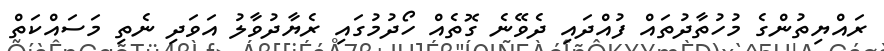
ރައްޔިތުންގެ މުހުތާދުތައް ފުއްދައި ދެވޭނެ ގޮތެއް ހޯދުމުގައި ރެޔާދުވާލު އަވަދި ނެތި މަސައްކަތް